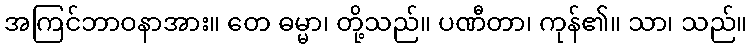
အကြင်ဘာဝနာအား။ တေ ဓမ္မာ၊ တို့သည်။ ပဏီတာ၊ ကုန်၏။ သာ၊ သည်။